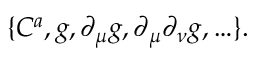
\{ C ^ { a } , g , \partial _ { \mu } g , \partial _ { \mu } \partial _ { \nu } g , \ldots \} .